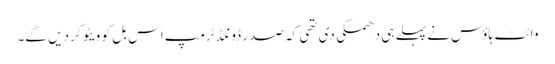
وائٹ ہاؤس نے پہلے ہی دھمکی دی تھی کہ صدر ڈونلڈ ٹرمپ اس بل کو ویٹو کر دیں گے۔